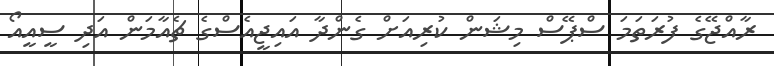
ރާއްޖޭގެ ފުރަތަމަ ސްޕޭސް މިޝަން ކުރިއަށް ގެންދާ އައިޖީއެސްގެ ޗެއާމަން އަދި ސީއީއޯ